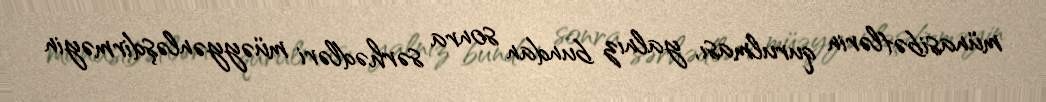
münasibətlərin qurulması, yalnız bundan sonra sərhədləri müəyyənləşdirməyin